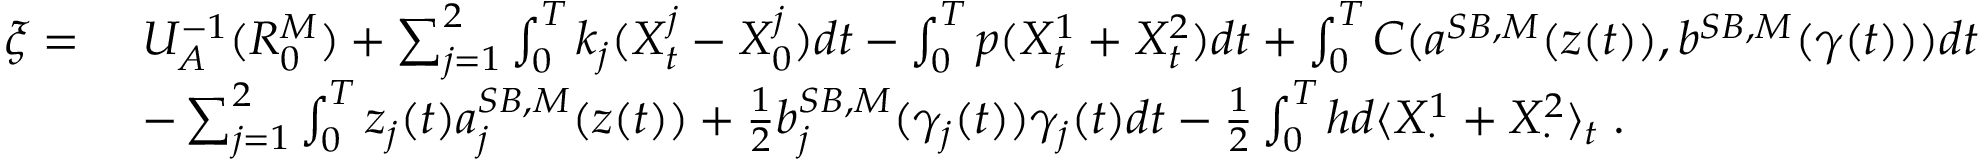
\begin{array} { r l } { \xi = ~ } & { U _ { A } ^ { - 1 } ( R _ { 0 } ^ { M } ) + \sum _ { j = 1 } ^ { 2 } \int _ { 0 } ^ { T } k _ { j } ( X _ { t } ^ { j } - X _ { 0 } ^ { j } ) d t - \int _ { 0 } ^ { T } p ( X _ { t } ^ { 1 } + X _ { t } ^ { 2 } ) d t + \int _ { 0 } ^ { T } C ( a ^ { S B , M } ( z ( t ) ) , b ^ { S B , M } ( \gamma ( t ) ) ) d t } \\ & { - \sum _ { j = 1 } ^ { 2 } \int _ { 0 } ^ { T } z _ { j } ( t ) a _ { j } ^ { S B , M } ( z ( t ) ) + \frac 1 2 b _ { j } ^ { S B , M } ( \gamma _ { j } ( t ) ) \gamma _ { j } ( t ) d t - \frac 1 2 \int _ { 0 } ^ { T } h d \langle X _ { \cdot } ^ { 1 } + X _ { \cdot } ^ { 2 } \rangle _ { t } \; . } \end{array}